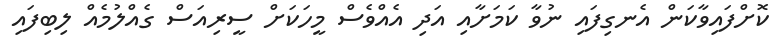
ކޮށްފައިވާކަން އެނގިފައި ނުވާ ކަމަށާއި އަދި އެއްވެސް މީހަކަށް ސީރިއަސް ގެއްލުމެއް ލިބިފައި